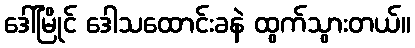
ဒေါ်မြိုင် ဒေါသထောင်းခနဲ ထွက်သွားတယ်။